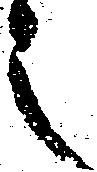
之